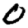
Digit: 0